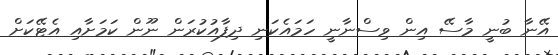
އޭނާ ބުނީ މާސޭ އިން ވިސްނާނީ ހަމައެކަނި ދިފާއުކުރަން ނޫން ކަމަށާއި އެޓޭކަށް